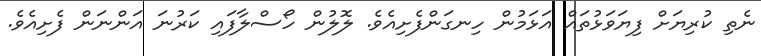
ނެތި ކުރިޔަށް ފިޔަވަޅުތައް އަޅަމުން ހިނގަންފެށިއެވެ. ލޮލުން ހޯސްލާފައި ކަރުނަ އަންނަން ފެށިއެވެ.